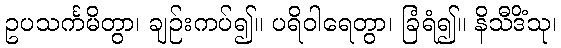
ဥပသင်္ကမိတွာ၊ ချဉ်းကပ်၍။ ပရိဝါရေတွာ၊ ခြံရံ၍။ နိသီဒိံသု၊